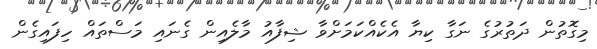
މިގޮތުން ދަތުރުގެ ނަގާ ކިޔާ އެކެއްކަމަށްވާ ޝިފާއު މާލެއިން ގެނައި މަސްތައް ހިފައިގެން